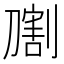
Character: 𰅁